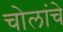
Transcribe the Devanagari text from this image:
चोलांचे